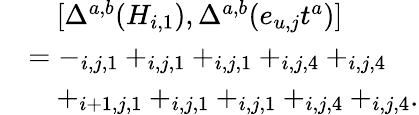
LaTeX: \begin{array}{rl}&{\quad[\Delta^{a,b}(H_{i,1}),\Delta^{a,b}(e_{u,j}t^{a})]}\\ &{=-_{i,j,1}+_{i,j,1}+_{i,j,1}+_{i,j,4}+_{i,j,4}}\\ &{\quad+_{i+1,j,1}+_{i,j,1}+_{i,j,1}+_{i,j,4}+_{i,j,4}.}\end{array}